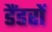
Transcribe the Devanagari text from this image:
डैंडरों